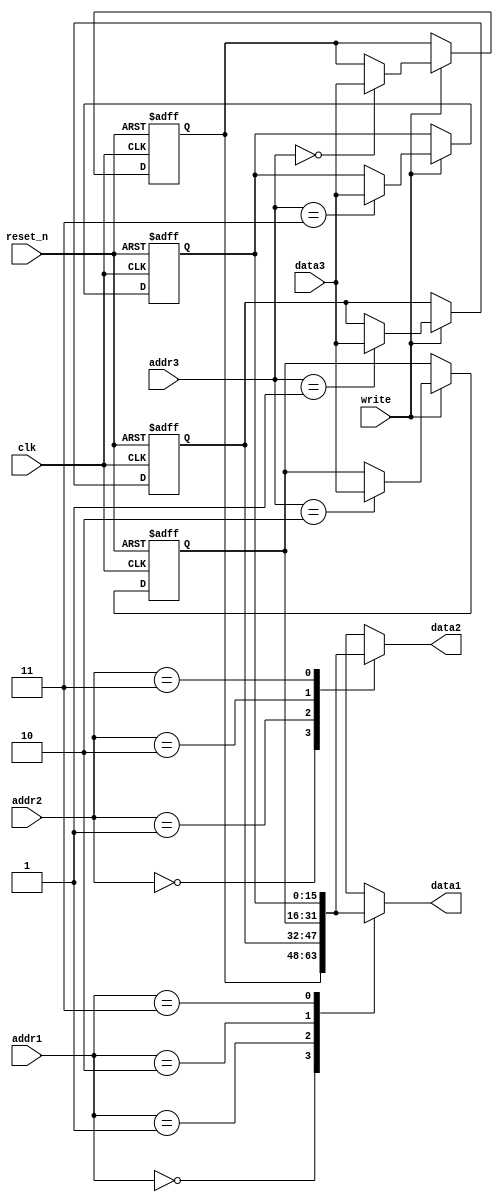
module RF(
    input [1:0] addr1,
    input [1:0] addr2,
    input [1:0] addr3,
    input [15:0] data3,

    input write,
    input clk,
    input reset_n,

    output reg [15:0] data1,
    output reg [15:0] data2
    );

    reg [15:0] internal_register[0:3]; // reg [15:0] array length with 4 to save the data

    always @(*) begin // asynchronous read functionality
        data1 = internal_register[addr1];
        data2 = internal_register[addr2];
    end

    always @(negedge clk or negedge reset_n) begin
        if (!reset_n) begin // reset
            internal_register[2'b00] <= 16'b0;
            internal_register[2'b01] <= 16'b0;
            internal_register[2'b10] <= 16'b0;
            internal_register[2'b11] <= 16'b0;
        end
        else begin
            if (write) begin // if write is high
                internal_register[addr3] <= data3;
            end
        end
    end
endmodule